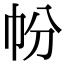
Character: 帉